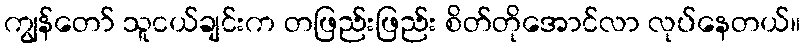
ကျွန်တော် သူငယ်ချင်းက တဖြည်းဖြည်း စိတ်တိုအောင်လာ လုပ်နေတယ်။